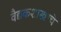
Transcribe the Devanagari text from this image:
वैद्यकशास्त्राचे